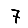
Digit: 7